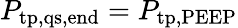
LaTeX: P_{\mathrm{tp,qs,end}}=P_{\mathrm{tp,PEEP}}